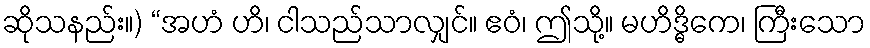
ဆိုသနည်း။) “အဟံ ဟိ၊ ငါသည်သာလျှင်။ ဧဝံ၊ ဤသို့။ မဟိဒ္ဓိကေ၊ ကြီးသော